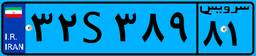
۳۲S۳۸۹۸۱